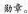
勋章。